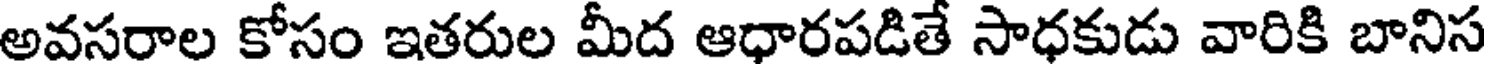
అవసరాల కోసం ఇతరుల మీద ఆధారపడితే సాధకుడు వారికి బానిస